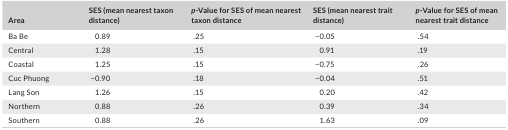
<table><thead><tr><td><b>Area</b></td><td><b>SES (mean nearest taxon distance)</b></td><td><b><i>p</i>‐Value for SES of mean nearest taxon distance</b></td><td><b>SES (mean nearest trait distance)</b></td><td><b><i>p</i>‐Value for SES of mean nearest trait distance</b></td></tr></thead><tbody><tr><td>Ba Be</td><td>0.89</td><td>.25</td><td>−0.05</td><td>.54</td></tr><tr><td>Central</td><td>1.28</td><td>.15</td><td>0.91</td><td>.19</td></tr><tr><td>Coastal</td><td>1.25</td><td>.15</td><td>−0.75</td><td>.26</td></tr><tr><td>Cuc Phuong</td><td>−0.90</td><td>.18</td><td>−0.04</td><td>.51</td></tr><tr><td>Lang Son</td><td>1.26</td><td>.15</td><td>0.20</td><td>.42</td></tr><tr><td>Northern</td><td>0.88</td><td>.26</td><td>0.39</td><td>.34</td></tr><tr><td>Southern</td><td>0.88</td><td>.26</td><td>1.63</td><td>.09</td></tr></tbody></table>